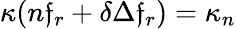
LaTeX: \kappa(n\mathfrak{f}_{r}+{\delta}\Delta\mathfrak{f}_{r})=\kappa_{n}